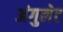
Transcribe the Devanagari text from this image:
अंगुलेट